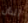
الذان